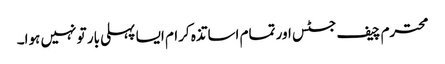
محترم چیف جسٹس اور تمام اساتذہ کرام ایسا پہلی بار تو نہیں ہوا۔